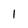
Character: 1